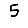
Digit: 5